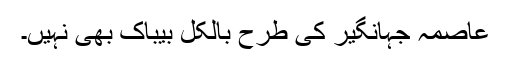
عاصمہ جہانگیر کی طرح بالکل بیباک بھی نہیں۔